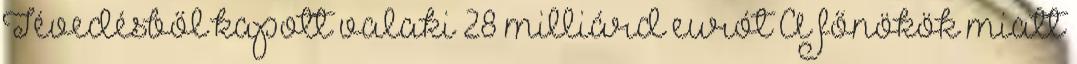
Tévedésből kapott valaki 28 milliárd eurót A főnökök miatt